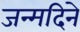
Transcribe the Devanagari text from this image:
जन्मदिने